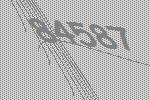
84587